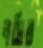
নসিব